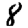
Digit: 8